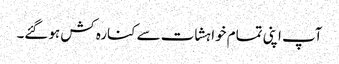
آپ اپنی تمام خواہشات سے کنارہ کش ہوگئے۔